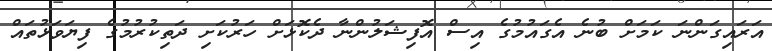
އަރައިގަންނަ ކަމަށް ބުނެ އެގައުމުގެ އިސް އޮފިޝަލުންނާ ދެކޮޅަށް ހަރުކަށި ދަތިކުރުމުގެ ފިޔަވަޅުތައް